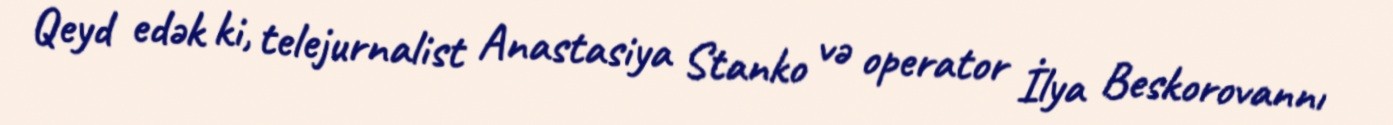
Qeyd edək ki, telejurnalist Anastasiya Stanko və operator İlya Beskorovannı